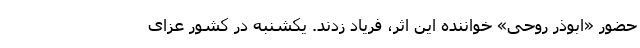
حضور «ابوذر روحی» خواننده این اثر، فریاد زدند. یکشنبه در کشور عزای